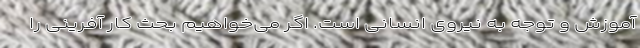
آموزش و توجه به نیروی انسانی است. اگر می‌خواهیم بحث کار آفرینی را